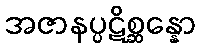
အဇာနပ္ပဋိစ္ဆန္နော